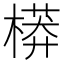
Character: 𣙷